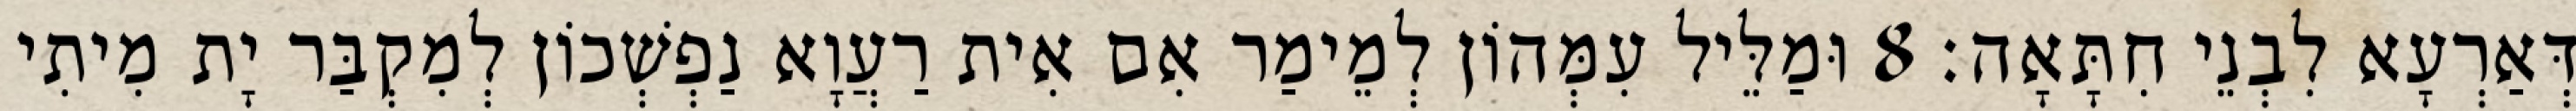
דְּאַרְעָא לִבְנֵי חִתָּאָה׃ 8 וּמַלֵּיל עִמְּהוֹן לְמֵימַר אִם אִית רַעֲוָא נַפְשְׁכוֹן לְמִקְבַּר יָת מִיתִי